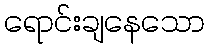
ရောင်းချနေသော